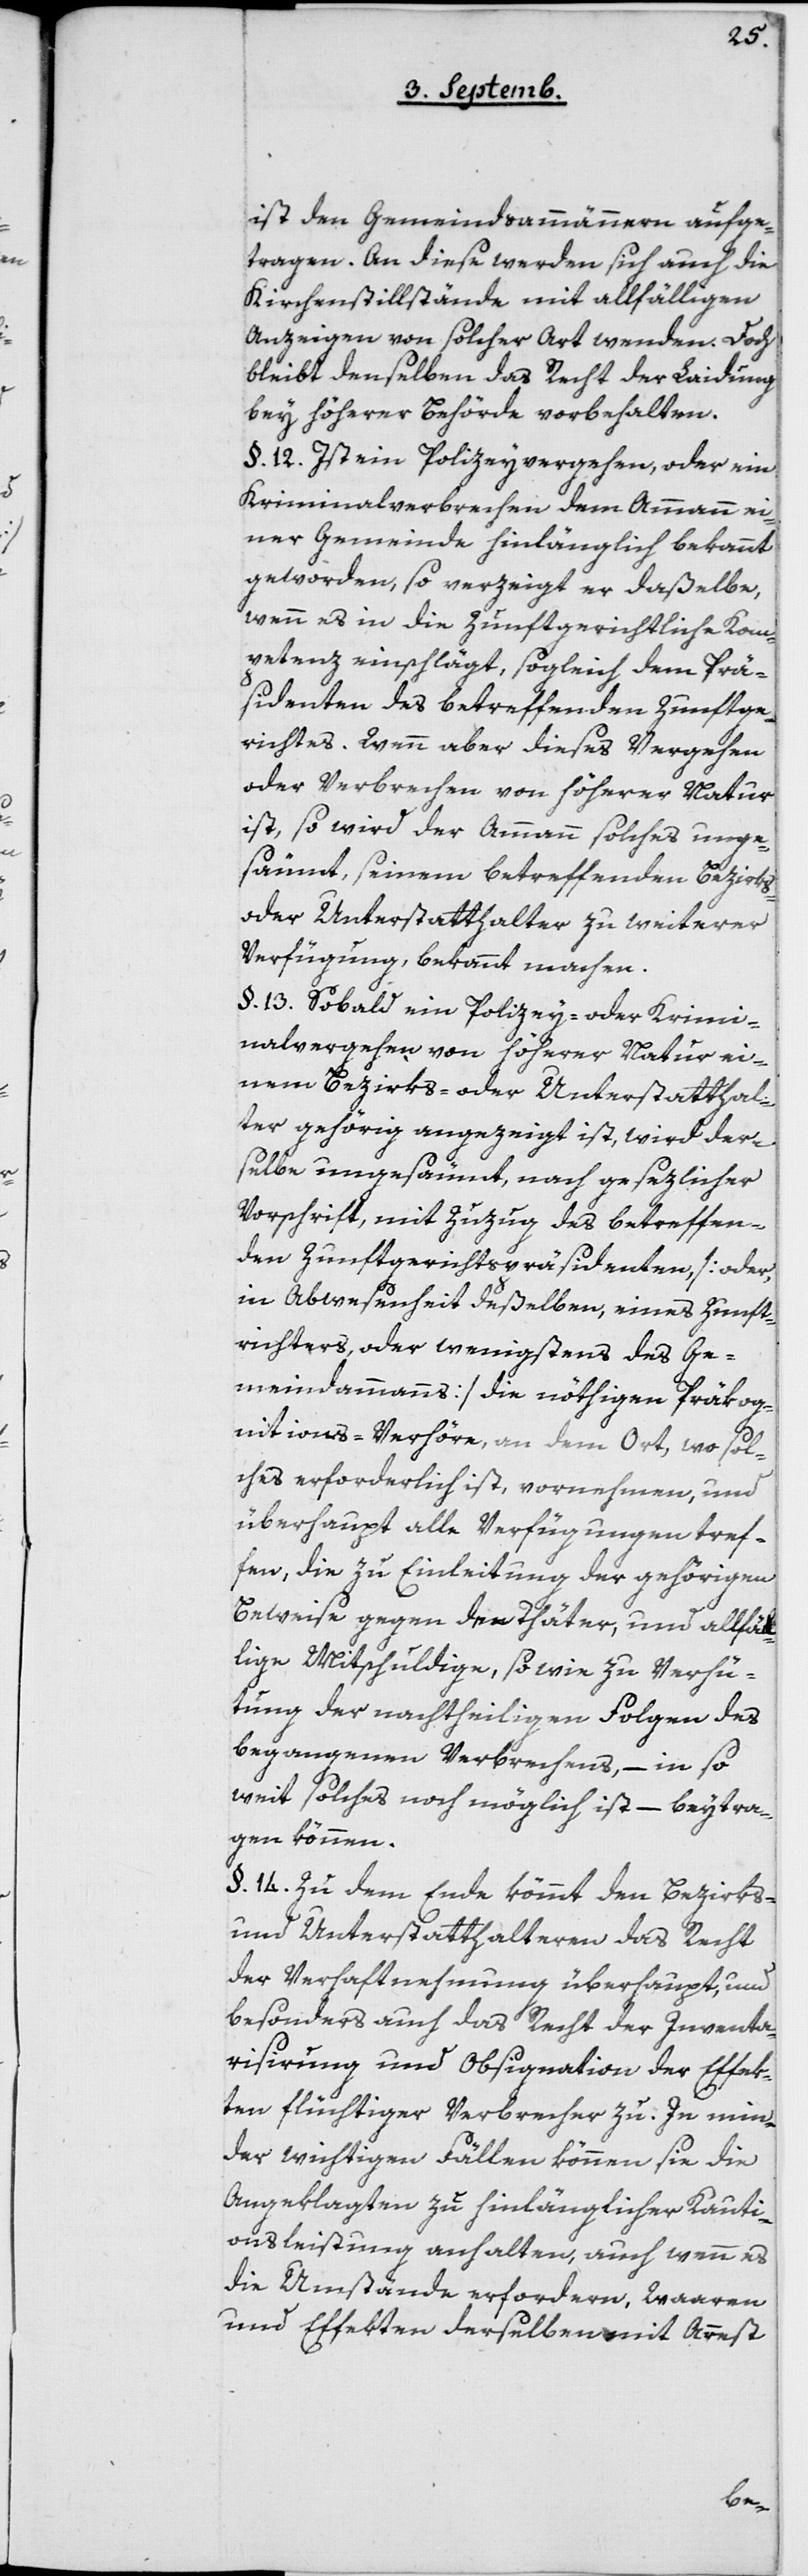
ist den Gemeindsammänneren aufge¬
tragen. An diese werden sich auch die
Kirchenstillstände mit allfälligen
Anzeigen von solcher Art wenden. Doch
bleibt denselben das Recht der Laidung
bei höherer Behörde vorbehalten.
§ 12. Ist ein Polizeyvergehen oder ein
Kriminalverbrechen dem Ammann ei¬
ner Gemeinde hinlänglich bekannt
geworden, so verzeigt er daßelbe,
wenn es in die zunftgerichtliche Kom¬
petenz einschlägt, sogleich dem Prä¬
sidenten des betreffenden Zunftge¬
richts. Wenn aber dieses Vergehen
oder Verbrechen von höherer Natur
ist, so wird der Ammann solches unge¬
säumt, seinem betreffenden Bezirks-
oder Unterstatthalter zu weiterer
Verfügung bekannt machen.
§ 13. Sobald ein Polizey- oder Krimi¬
nalvergehen von höherer Natur ei¬
nem Bezirks- oder Unterstatthal¬
ter gehörig angezeigt ist, wird der¬
selbe ungesäumt, nach gesezlicher
Vorschrift, mit Zuzug des betreffen¬
den Zunftgerichtspräsidenten, [oder,
in Abwesenheit deßelben, eines Zunft¬
richters, oder wenigstens des Ge¬
meindammanns] die nöthigen Präkog¬
nitions-Verhöre, an dem Ort, wo sol¬
ches erforderlich ist, vornehmen, und
überhaupt alle Verfügungen tref¬
fen, die zu Einleitung der gehörigen
Beweise gegen die Thäter und allfäl¬
lige Mitschuldige, so wie zu Verhü¬
tung der nachtheiligen Folgen des
begangenen Verbrechens, – in so
weit solches noch möglich ist – beytra¬
gen können.
§ 14. Zu dem Ende kömmt den Bezirks-
und Unterstatthalteren das Recht
der Verhaftnehmung überhaupt, und
besonders auch das Recht der Inventa¬
risirung und Obsignation der Effek¬
ten flüchtiger Verbrecher zu. In min¬
der wichtigen Fällen können sie die
Angeklagten zu hinlänglicher Kauti¬
onsleistung anhalten, auch wenn es
die Umstände erfordern, Waaren
und Effekten derselben mit Arrest